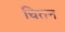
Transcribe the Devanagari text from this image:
चितन